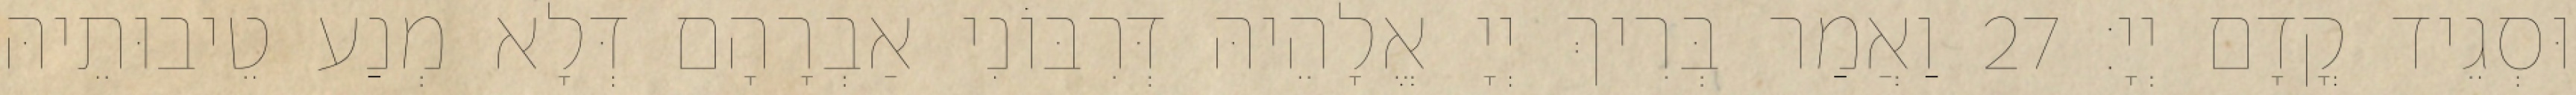
וּסְגֵיד קֳדָם יְיָ׃ 27 וַאֲמַר בְּרִיךְ יְיָ אֱלָהֵיהּ דְּרִבּוֹנִי אַבְרָהָם דְּלָא מְנַע טֵיבוּתֵיהּ